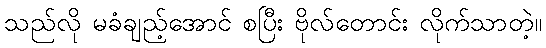
သည်လို မခံချည့်အောင် စပြီး ဗိုလ်တောင်း လိုက်သာတဲ့။